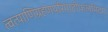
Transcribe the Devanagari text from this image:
त्वत्पाणिग्रहणपरिपाटीफलमिदम्